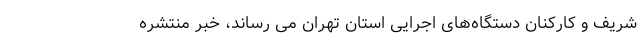
شریف و کارکنان دستگاه‌های اجرایی استان تهران می رساند، خبر منتشره